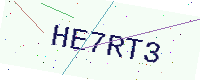
Text: HE7RT3